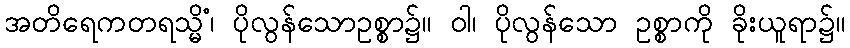
အတိရေကတရသ္မိံ၊ ပိုလွန်သောဥစ္စာ၌။ ဝါ၊ ပိုလွန်သော ဥစ္စာကို ခိုးယူရာ၌။